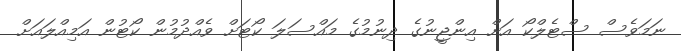
ނަމަވެސް ސްޓެލްކޯ އަށް އިންޖީނުގެ ދިނުމުގެ މައްސަލަ ކޯޓަށް ވެއްދުމުން ކޯޓުން އަމިއްލައަށް